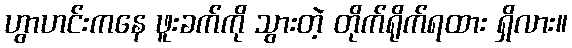
ဟွာဟင်းကနေ ဖူးခက်ကို သွားတဲ့ တိုက်ရိုက်ရထား ရှိလား။